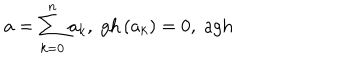
LaTeX: a = \sum _ { k = 0 } ^ { n } a _ { k } , \; \mathrm { g h } \left( a _ { k } \right) = 0 , \; \mathrm { a g h }